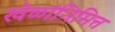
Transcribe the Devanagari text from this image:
खेळांनिमित्त